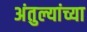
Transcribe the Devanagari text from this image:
अंतुल्यांच्या